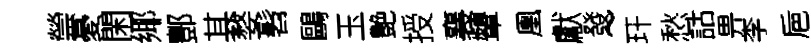
禜憂閑鄊酆其婺髫鷗玉艶授襄顰凰獻發~玕愁詁畀李巵